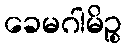
ခေမဂါမိဉ္စ